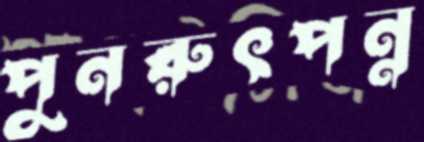
পুনরুৎপন্ন